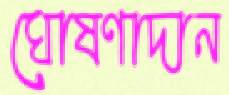
ঘোষণাদান